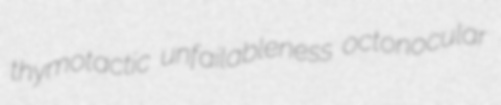
thymotactic unfailableness octonocular